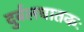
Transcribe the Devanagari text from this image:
दुर्बलघातकः